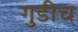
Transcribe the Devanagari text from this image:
गुडीच